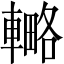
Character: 𨎟